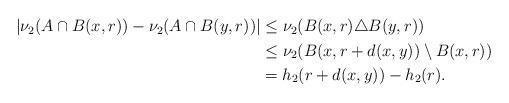
LaTeX: \begin{align*}\begin{aligned}|\nu_2(A \cap B(x,r))- \nu_2(A \cap B(y,r))| & \leq \nu_2(B(x,r) \triangle B(y,r)) \\& \leq \nu_2( B(x,r+d(x,y)) \setminus B(x,r) ) \\& = h_2(r+d(x,y)) - h_2(r).\end{aligned}\end{align*}